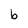
Character: b